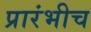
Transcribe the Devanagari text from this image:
प्रारंभीच